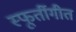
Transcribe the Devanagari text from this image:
स्फूर्तीगीत